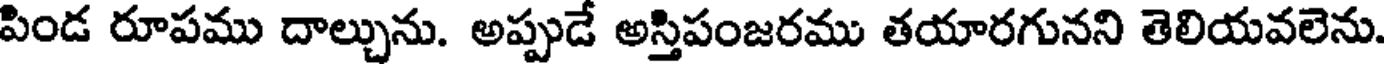
పిండ రూపము దాల్చును. అప్పుడే అస్తిపంజరము తయారగునని తెలియవలెను.